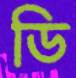
ডি